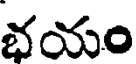
భయం